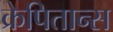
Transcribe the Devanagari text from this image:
क्रेपितान्स